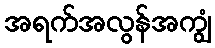
အရက်အလွန်အကျွံ